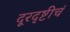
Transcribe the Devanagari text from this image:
दूरदृष्टीचं